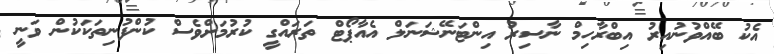
އެކު ބޭއްވުނުއިރު އިބްރާހިމް ނާސިރު އިންޓަނޭޝަނަލް އެއާޕޯޓް ތަރައްގީ ކުރުމަށްވެސް ކުންފުނިތަކަކުން ވަނީ